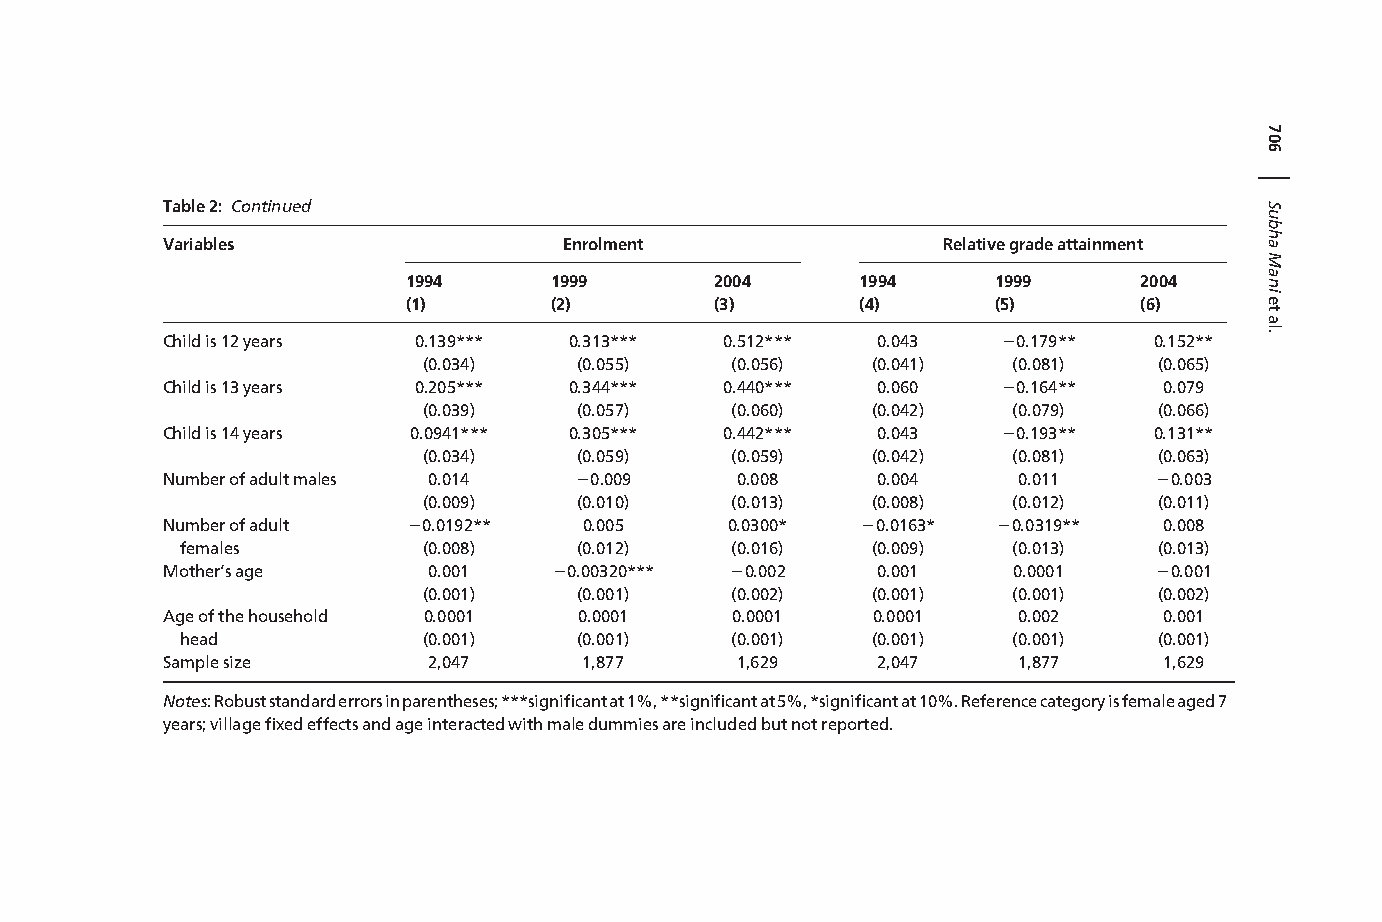
Table2: Continued
 Variables                 Enrolment                Relativegradeattainment
 1994     1999       2004      1994     1999     2004
 (1)      (2)        (3)       (4)      (5)      (6)
 Childis12years  0.139***   0.313***  0.512***  0.043   20.179**  0.152**
 (0.034)   (0.055)   (0.056)   (0.041)  (0.081)   (0.065)
 Childis13years  0.205***   0.344***  0.440***  0.060   20.164**   0.079
 (0.039)   (0.057)   (0.060)   (0.042)  (0.079)   (0.066)
 Childis14years  0.0941***  0.305***  0.442***  0.043   20.193**  0.131**
 (0.034)   (0.059)   (0.059)   (0.042)  (0.081)   (0.063)
 Numberofadultmales 0.014   20.009     0.008    0.004    0.011     20.003
 (0.009)   (0.010)   (0.013)   (0.008)  (0.012)   (0.011)
 Numberofadult   20.0192**   0.005    0.0300*  20.0163* 20.0319**  0.008
 females         (0.008)   (0.012)   (0.016)   (0.009)  (0.013)   (0.013)
 Mother’sage      0.001    20.00320*** 20.002   0.001    0.0001    20.001
 (0.001)   (0.001)   (0.002)   (0.001)  (0.001)   (0.002)
 Ageofthehousehold 0.0001   0.0001    0.0001    0.0001   0.002     0.001
 head            (0.001)   (0.001)   (0.001)   (0.001)  (0.001)   (0.001)
 Samplesize       2,047      1,877     1,629    2,047    1,877     1,629
 Notes:Robuststandarderrorsinparentheses;***significantat1%,**significantat5%,*significantat10%.Referencecategoryisfemaleaged7
 years;villagefixedeffectsandageinteractedwithmaledummiesareincludedbutnotreported.
 706
 |
 SubhaManietal.